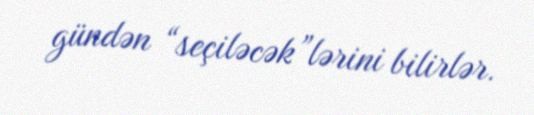
gündən “seçiləcək”lərini bilirlər.